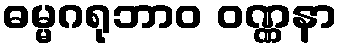
ဓမ္မဂရုဘာဝ ဝဏ္ဏနာ